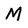
Character: M